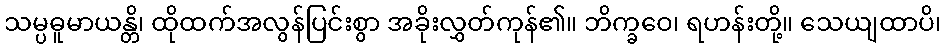
သမ္ပဓူမာယန္တိ၊ ထိုထက်အလွန်ပြင်းစွာ အခိုးလွှတ်ကုန်၏။ ဘိက္ခဝေ၊ ရဟန်းတို့။ သေယျထာပိ၊